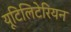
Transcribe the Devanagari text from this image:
यूटिलिटेरियन